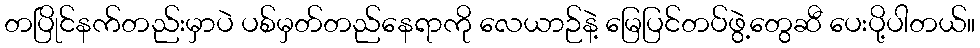
တပြိုင်နက်တည်းမှာပဲ ပစ်မှတ်တည်နေရာကို လေယာဉ်နဲ့ မြေပြင်တပ်ဖွဲ့တွေဆီ ပေးပို့ပါတယ်။